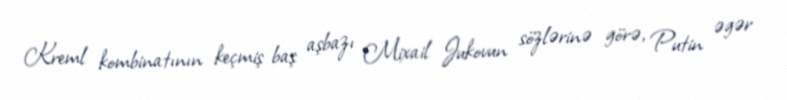
Kreml kombinatının keçmiş baş aşbazı Mixail Jukovun sözlərinə görə, Putin əgər